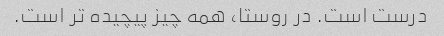
درست است. در روستا، همه چیز پیچیده تر است.